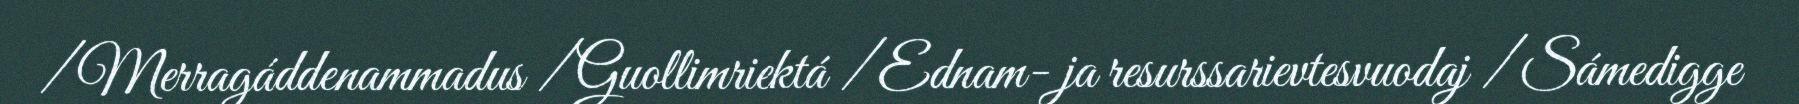
/ Merragáddenammadus / Guollimriektá / Ednam- ja resurssarievtesvuodaj / Sámedigge